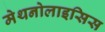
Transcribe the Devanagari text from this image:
मेथनोलाइसिस